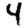
Digit: 4